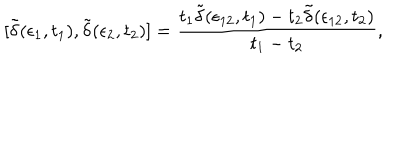
[ \tilde { \delta } ( \epsilon _ { 1 } , t _ { 1 } ) , \tilde { \delta } ( \epsilon _ { 2 } , t _ { 2 } ) ] = { \frac { t _ { 1 } \tilde { \delta } ( \epsilon _ { 1 2 } , t _ { 1 } ) - t _ { 2 } \tilde { \delta } ( \epsilon _ { 1 2 } , t _ { 2 } ) } { t _ { 1 } - t _ { 2 } } } ,